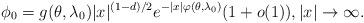
LaTeX: \begin{align*}\phi_0= g(\theta, \lambda_0)|x|^{(1-d)/2}e^{-|x|\varphi(\theta,\lambda_0)}(1+o(1)), |x|\to\infty.\end{align*}